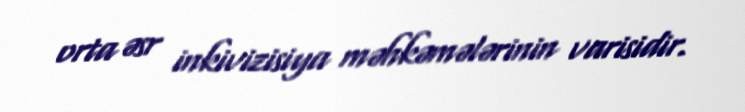
orta əsr inkivizisiya məhkəmələrinin varisidir.